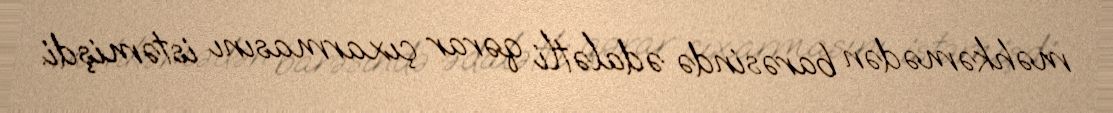
məhkəmədən barəsində ədalətli qərar çıxarmasını istəmişdi.